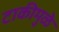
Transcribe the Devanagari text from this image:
टाकीमुळे